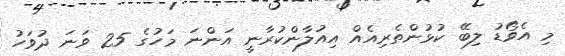
މި އެވޯޑު ލިބޭ ކުޅުންތެރިއެއް އިއުލާންކުރާނީ އަންނަ މަހުގެ 25 ވަނަ ދުވަހު